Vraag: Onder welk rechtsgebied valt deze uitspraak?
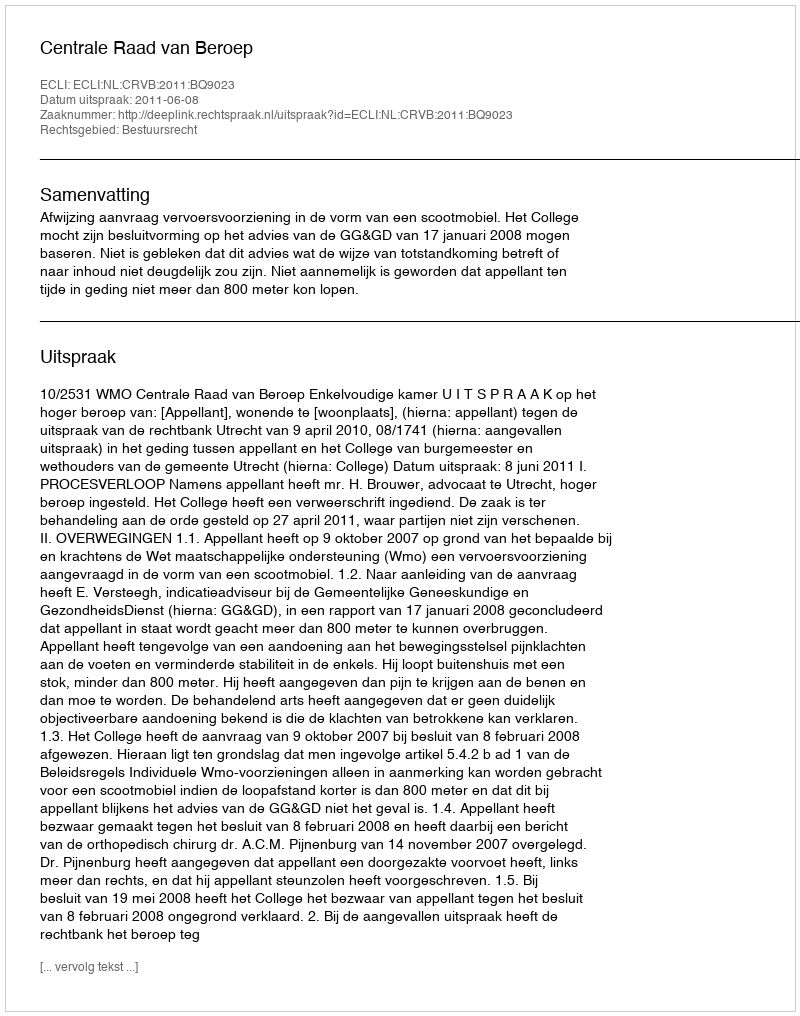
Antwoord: Bestuursrecht